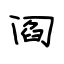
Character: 阎